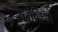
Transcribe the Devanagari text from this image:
रामैनियों